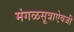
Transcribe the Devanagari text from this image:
मंगळसूत्राऐवजी